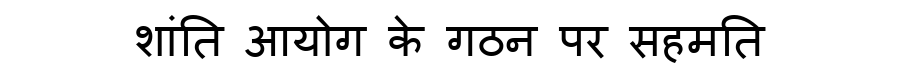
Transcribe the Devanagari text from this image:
शांति आयोग के गठन पर सहमति